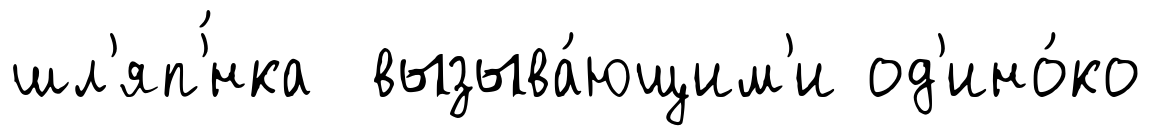
шл'яп'́нка вызыва́ющим'и од'ино́ко